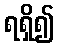
ရရှိ၍